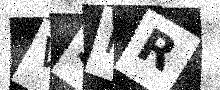
Text: VSHR